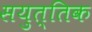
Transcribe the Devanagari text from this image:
सयुत्तिक